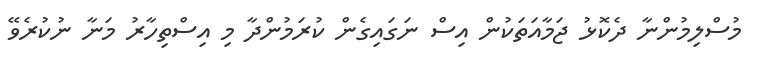
މުސްލިމުންނާ ދެކޮޅު ޖަމާއަތަކުން އިސް ނަގައިގެން ކުރަމުންދާ މި އިސްތިހާރު މަނާ ނުކުރެވޭ